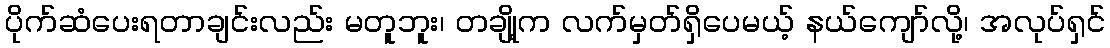
ပိုက်ဆံပေးရတာချင်းလည်း မတူဘူး၊ တချို့က လက်မှတ်ရှိပေမယ့် နယ်ကျော်လို့၊ အလုပ်ရှင်